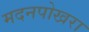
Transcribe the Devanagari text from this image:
मदनपोखरा